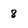
Character: 8